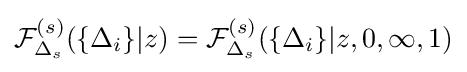
{\mathcal {F}}_{\Delta _{s}}^{(s)}(\{\Delta _{i}\}|z)={\mathcal {F}}_{\Delta _{s}}^{(s)}(\{\Delta _{i}\}|z,0,\infty ,1)